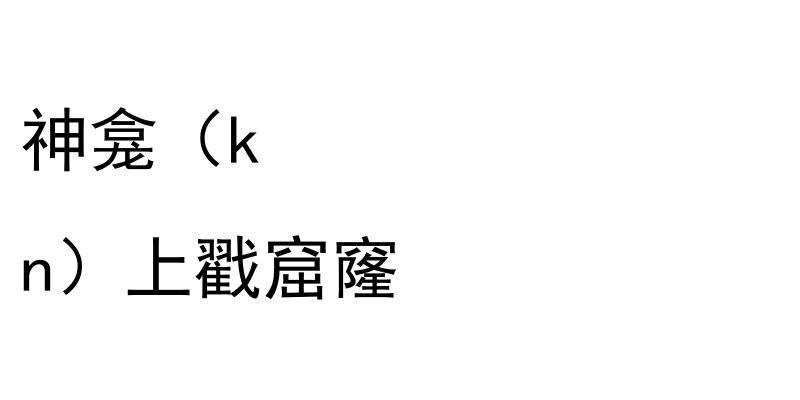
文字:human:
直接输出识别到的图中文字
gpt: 神龛（k n）上戳窟窿